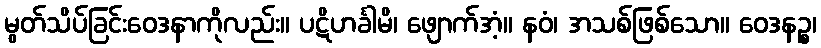
မွတ်သိပ်ခြင်းဝေဒနာကိုလည်း။ ပဋိဟင်္ခါမိ၊ ဖျောက်အံ့။ နဝံ၊ အသစ်ဖြစ်သော။ ဝေဒနဉ္စ၊